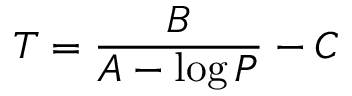
T = { \frac { B } { A - \log P } } - C